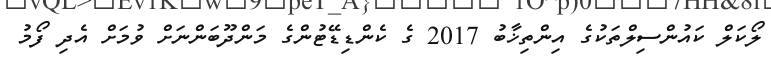
ލޯކަލް ކައުންސިލްތަކުގެ އިންތިޚާބު 2017 ގެ ކެންޑިޑޭޓުންގެ މަންދޫބަންނަށް ވުމަށް އެދި ފޯމު